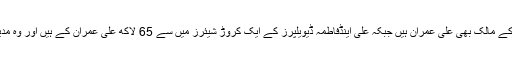
.رپورٹ کے مطابق علی ٹاورایم ایم عالم روڈ پر66 دکانوں اور دفاترکے مالک بھی علی عمران ہیں جبکہ علی اینڈفاطمہ ڈیویلپرز کے ایک کروڑ شیئرز میں سے 65 لاکھ علی عمران کے ہیں اور وہ مدینہ فوڈز پروسیڈ کے ایک کروڑ 25لاکھ شیئرز کے مالک بھی ہیں. ۔